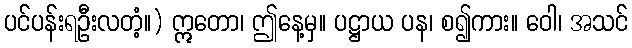
ပင်ပန်းရဦးလတံ့။) ဣတော၊ ဤနေ့မှ။ ပဋ္ဌာယ ပန၊ စ၍ကား။ ဝေါ၊ အသင်